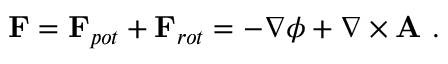
\mathbf { F } = \mathbf { F } _ { p o t } + \mathbf { F } _ { r o t } = - \nabla \phi + \nabla \times \mathbf { A } ~ .